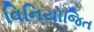
વિનિયોજિત